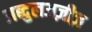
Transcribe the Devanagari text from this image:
अब्दुलअज़ीज़